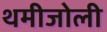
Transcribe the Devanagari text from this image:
थमीजोली